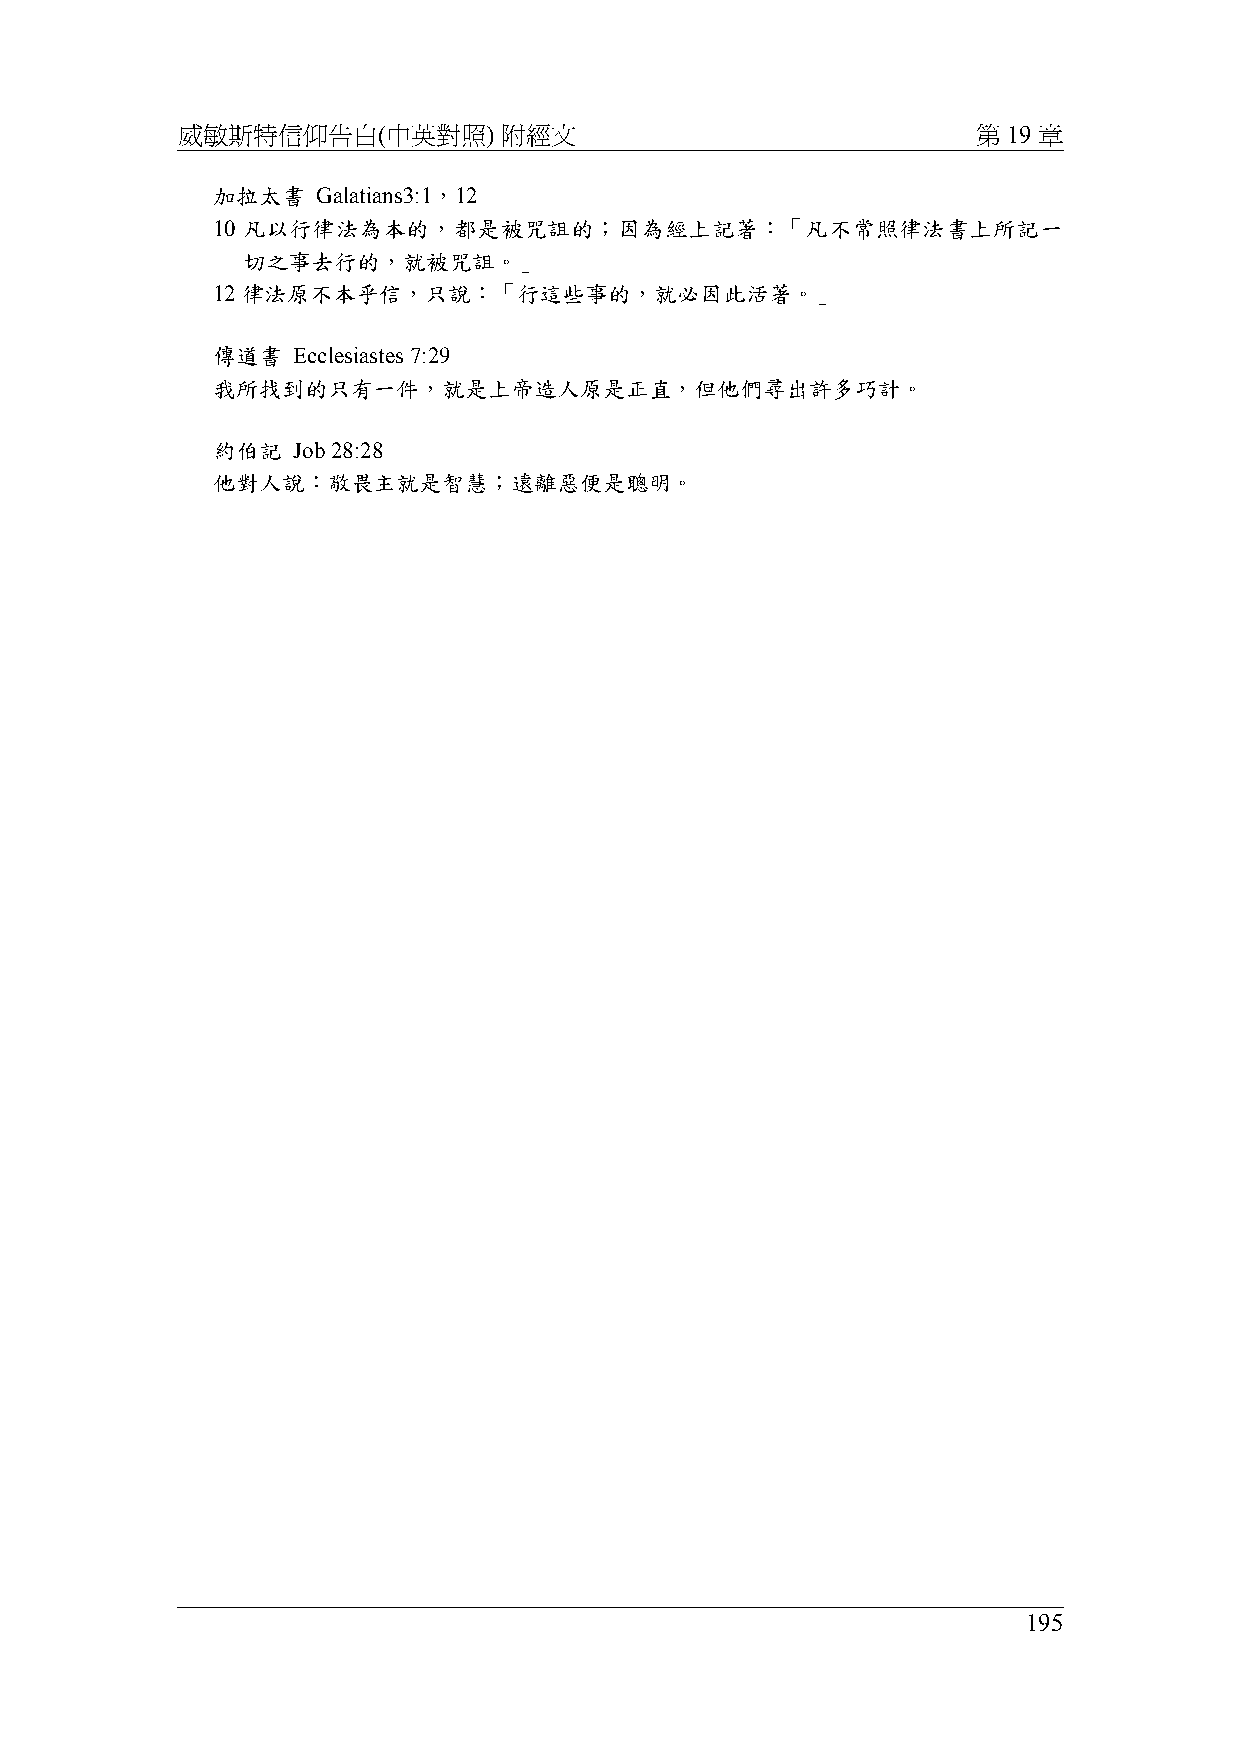
威敏斯特信仰告白(中英對照)       附經文                             第 19 章
 加拉太書   Galatians3:1，12
 10 凡以行律法為本的，都是被咒詛的；因為經上記著：「凡不常照律法書上所記一
 切之事去行的，就被咒詛。」
 12 律法原不本乎信，只說：「行這些事的，就必因此活著。」
 傳道書  Ecclesiastes 7:29
 我所找到的只有一件，就是上帝造人原是正直，但他們尋出許多巧計。
 約伯記  Job 28:28
 他對人說：敬畏主就是智慧；遠離惡便是聰明。
 195